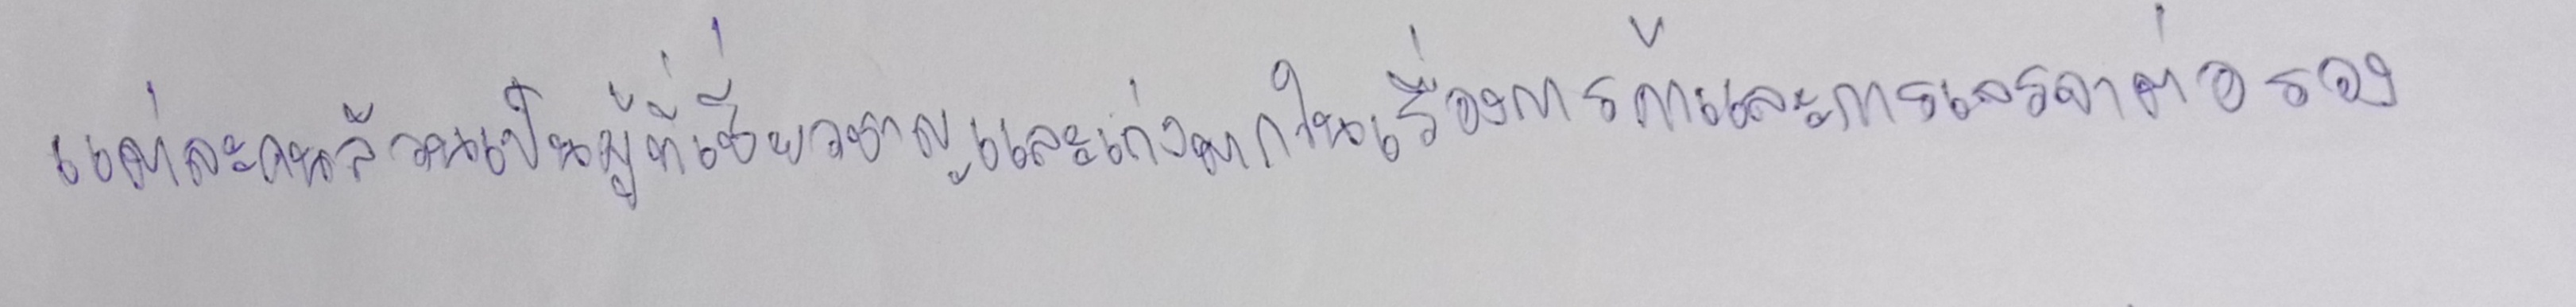
แต่ละคนล้วนเป็นผู้ที่เชี่ยวชาญและเก่งมากในเรื่องการค้าและการเจรจาต่อรอง